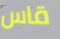
قاس